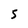
Character: 5